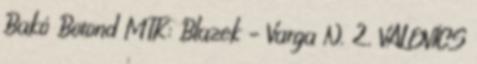
Bakó Botond MTK: Blazek – Varga N. 2, VALOVICS